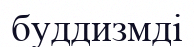
буддизмді